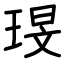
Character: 琝